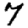
Digit: 7